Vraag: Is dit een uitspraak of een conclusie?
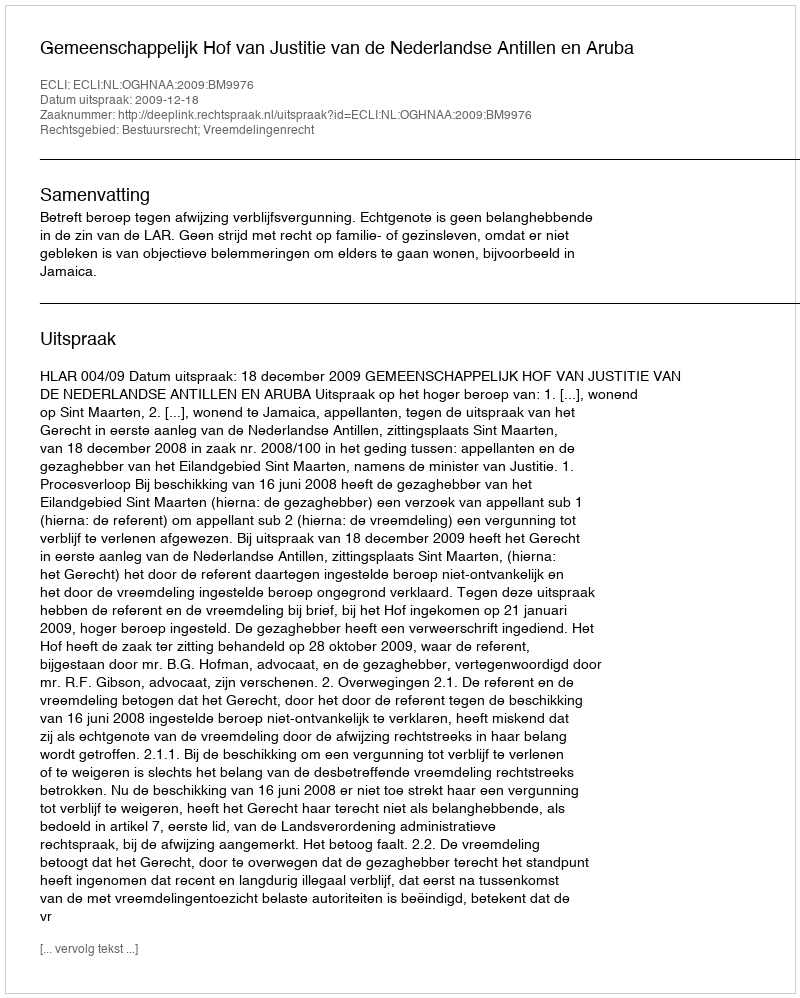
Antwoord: Uitspraak